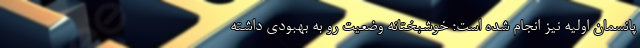
پانسمان اولیه نیز انجام شده است؛ خوشبختانه وضعیت رو به بهبودی داشته